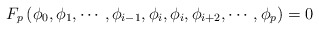
\begin{align*}F_p \left (\phi_0, \phi_1, \cdots, \phi_{i-1}, \phi_i, \phi_i,\phi_{i+2}, \cdots, \phi_p \right ) = 0\end{align*}